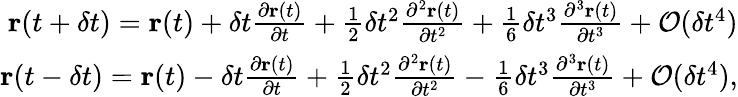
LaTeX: \begin{array}{r}{\textbf{r}(t+\delta t)=\textbf{r}(t)+\delta t\frac{\partial\textbf{r}(t)}{\partial t}+\frac{1}{2}\delta t^{2}\frac{\partial^{2}\textbf{r}(t)}{\partial t^{2}}+\frac{1}{6}\delta t^{3}\frac{\partial^{3}\textbf{r}(t)}{\partial t^{3}}+\mathcal{O}(\delta t^{4})}\\ {\textbf{r}(t-\delta t)=\textbf{r}(t)-\delta t\frac{\partial\textbf{r}(t)}{\partial t}+\frac{1}{2}\delta t^{2}\frac{\partial^{2}\textbf{r}(t)}{\partial t^{2}}-\frac{1}{6}\delta t^{3}\frac{\partial^{3}\textbf{r}(t)}{\partial t^{3}}+\mathcal{O}(\delta t^{4}),}\end{array}